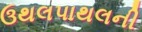
ઉથલપાથલની